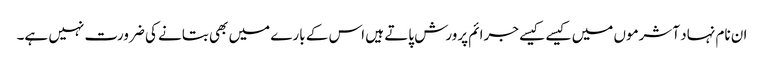
ان نام نہاد آشرموں میں کیسے کیسے جرائم پرورش پاتے ہیں اس کے بارے میں بھی بتانے کی ضرورت نہیں ہے۔